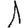
Digit: 1